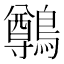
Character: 鷷